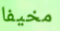
مخيفا